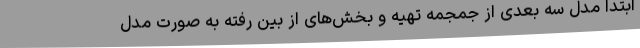
ابتدا مدل سه بعدی از جمجمه تهیه و بخش‌های از بین رفته به صورت مدل